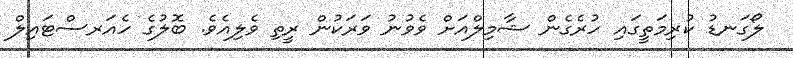
ލޯގަނޑު ކުރިމަތީގައި ހުރެގެން ޝާމިލްއަށް ވެވުނު ވަރަކުން ރީތި ވެލިއެވެ. ބޮލުގެ ހެއަރސްޓައިލް